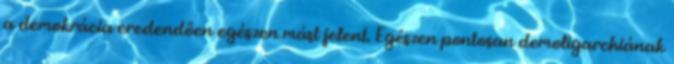
a demokrácia eredendően egészen mást jelent. Egészen pontosan demoligarchiának